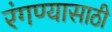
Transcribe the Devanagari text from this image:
रंगण्यासाठी